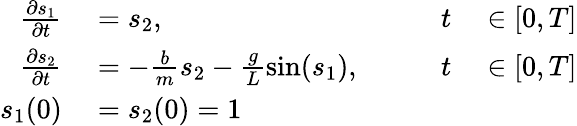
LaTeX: \begin{array}{rlrl}{\frac{\partial s_{1}}{\partial t}}&{{}=s_{2},\qquad}&{t}&{{}\in[0,T]}\\ {\frac{\partial s_{2}}{\partial t}}&{{}=-\frac{b}{m}s_{2}-\frac{g}{L}\sin(s_{1}),\qquad}&{t}&{{}\in[0,T]}\\ {s_{1}(0)}&{{}=s_{2}(0)=1}\end{array}